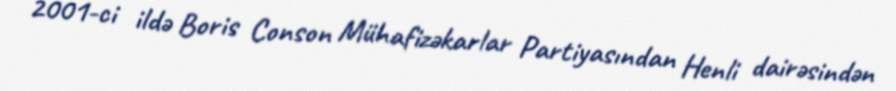
2001-ci ildə Boris Conson Mühafizəkarlar Partiyasından Henli dairəsindən